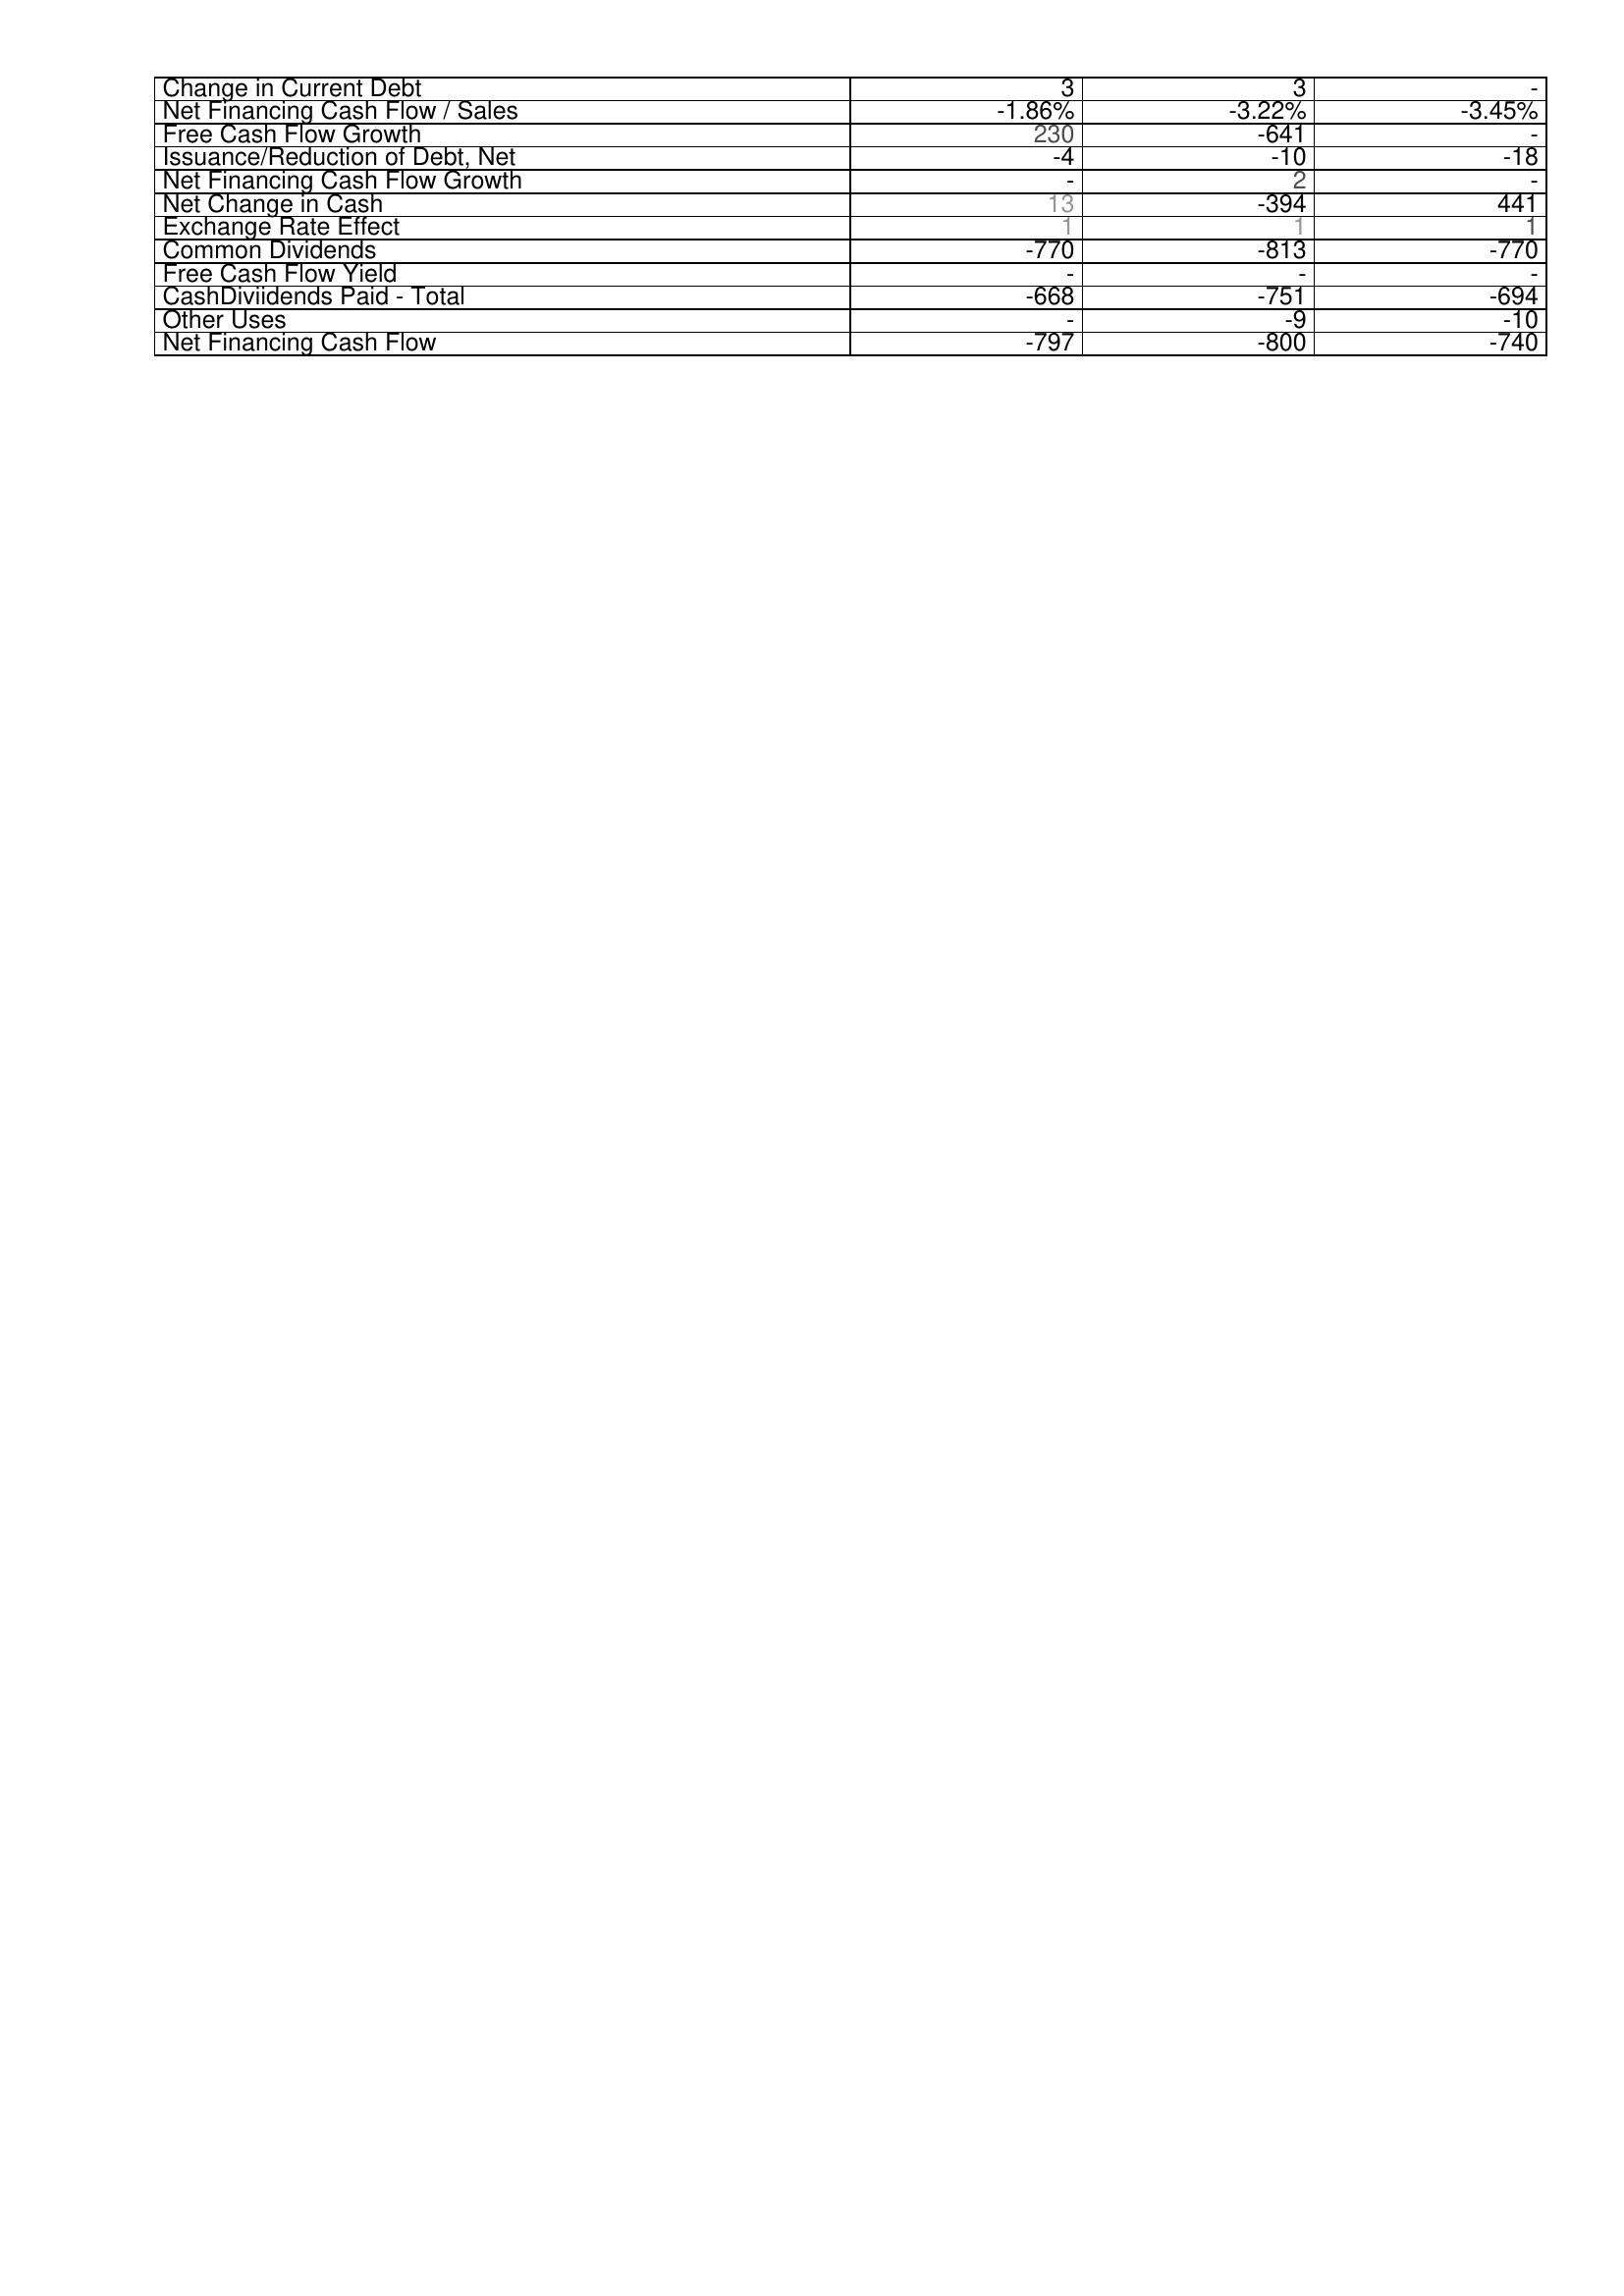
2022: Financing Activities: Change in Current Debt: 3
Net Financing Cash Flow / Sales: -1.86%
Free Cash Flow Growth: 230
Issuance/Reduction of Debt, Net: -4
Net Financing Cash Flow Growth: -
Net Change in Cash: 13
Exchange Rate Effect: 1
Common Dividends: -770
Free Cash Flow Yield: -
CashDiviidends Paid - Total: -668
Other Uses: -
Net Financing Cash Flow: -797
2023: Financing Activities: Change in Current Debt: 3
Net Financing Cash Flow / Sales: -3.22%
Free Cash Flow Growth: -641
Issuance/Reduction of Debt, Net: -10
Net Financing Cash Flow Growth: 2
Net Change in Cash: -394
Exchange Rate Effect: 1
Common Dividends: -813
Free Cash Flow Yield: -
CashDiviidends Paid - Total: -751
Other Uses: -9
Net Financing Cash Flow: -800
2024: Financing Activities: Change in Current Debt: -
Net Financing Cash Flow / Sales: -3.45%
Free Cash Flow Growth: -
Issuance/Reduction of Debt, Net: -18
Net Financing Cash Flow Growth: -
Net Change in Cash: 441
Exchange Rate Effect: 1
Common Dividends: -770
Free Cash Flow Yield: -
CashDiviidends Paid - Total: -694
Other Uses: -10
Net Financing Cash Flow: -740